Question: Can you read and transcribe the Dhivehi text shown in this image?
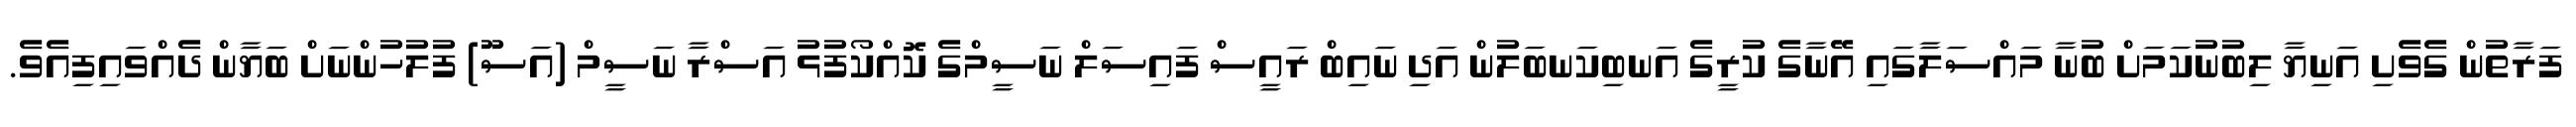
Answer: ފަރާތުން ގެވެށި އަނިޔާ ލިބުނުކަމަށް ބުނާ މައްސަލާގައި އޭނާގެ ކުރީގެ އަނބިކަނބަލުން އަދި ނައިބް ރައީސް ފައިސަލް ނަސީމްގެ ކޮއްކޯފުޅު އަސްރާ ނަސީމް (އަސޫ) ފުލުހުންނަށް ބަޔާން ދެއްވައިފިއެވެ.